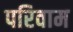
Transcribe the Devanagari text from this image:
परिवाम